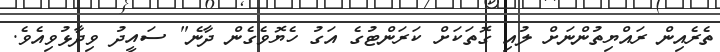
ތެރެއިން ރައްޔިތުންނަށް ލުއި ގޮތަކަށް ކަރަންޓުގެ އަގު ހެޔޮވެގެން ދާނެ" ސައީދު ވިދާޅުވިއެވެ.